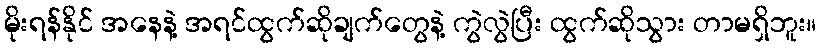
မိုးရန်နိုင် အနေနဲ့ အရင်ထွက်ဆိုချက်တွေနဲ့ ကွဲလွဲပြီး ထွက်ဆိုသွား တာမရှိဘူး။